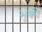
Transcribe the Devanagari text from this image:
भुकी